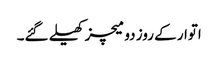
اتوار کے روز دو میچز کھیلے گئے۔